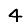
Digit: 4